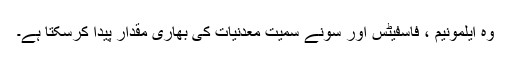
وہ ایلمونیم ، فاسفیٹس اور سونے سمیت معدنیات کی بھاری مقدار پیدا کرسکتا ہے۔